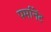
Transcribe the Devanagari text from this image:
पर्मानेंट